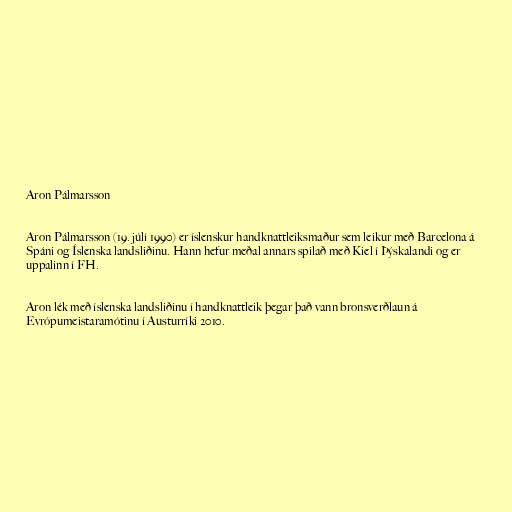
Aron Pálmarsson

Aron Pálmarsson (19. júlí 1990) er íslenskur handknattleiksmaður sem leikur með Barcelona á
Spáni og Íslenska landsliðinu. Hann hefur meðal annars spilað með Kiel í Þýskalandi og er
uppalinn í FH.

Aron lék með íslenska landsliðinu í handknattleik þegar það vann bronsverðlaun á
Evrópumeistaramótinu í Austurríki 2010.